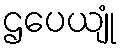
ဌပေယျုံ